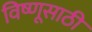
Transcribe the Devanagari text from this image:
विष्णूसाठी